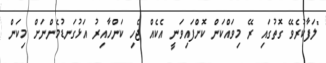
"ލަފާކުރެވޭ ގޮތުގައި ރޭ މިވައްކަން ކޮށްފައިވަނީ އެކެއް ޖެހި ކަންހާއިރު އަޅުގަނޑުމެންނަށް މިކަން